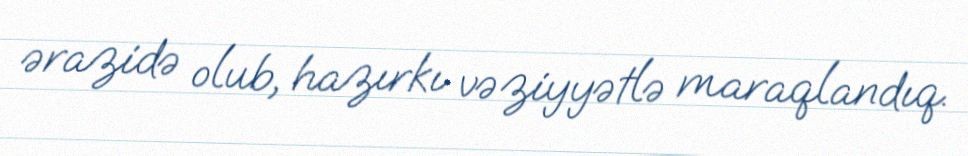
ərazidə olub, hazırkı vəziyyətlə maraqlandıq.